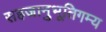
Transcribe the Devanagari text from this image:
सहजानुभूतिगम्य